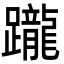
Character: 躘